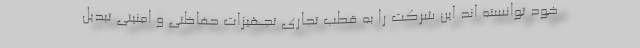
خود توانسته اند این شرکت را به قطب تجاری تجهیزات حفاظتی و امنیتی تبدیل